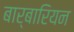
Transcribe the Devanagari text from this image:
बार्बारियन